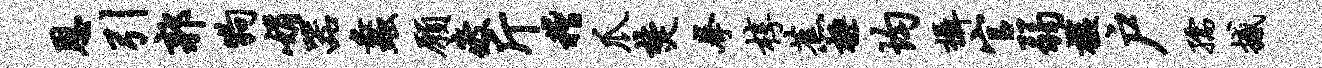
恩引郭狗娟器蠡愿疲斤稽爪焚拳椁蕉极均摄官弱槛户孺撼